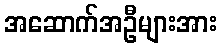
အဆောက်အဦများအား